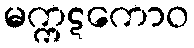
မက္ကဋကောဝ